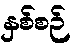
နှစ်စဉ်